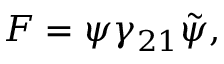
F = \psi \gamma _ { 2 1 } \tilde { \psi } ,